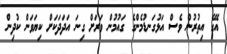
އޭގެ އިތުރުން ވެސް އަޅުގަނޑުމެންގެ ގައުމުން ވަރަށް ގިނަ އަދަދަކަށް ކިޔަވަން ކުދިން